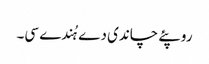
روپئے چاندی دے ہُندے سی۔